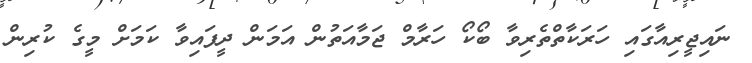
ނައިޖީރިއާގައި ހަރަކާތްތެރިވާ ބޯކޯ ހަރާމް ޖަމާއަތުން އަމަން ދީފައިވާ ކަމަށް މީގެ ކުރިން